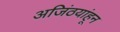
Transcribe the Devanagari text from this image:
अजिंठयांहून